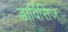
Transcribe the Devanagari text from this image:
डार्विसिज